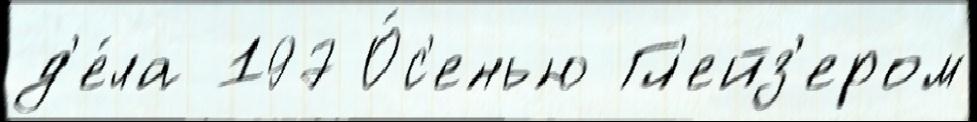
д'е́ла 197 О́с'енью Гл'ейз'ером